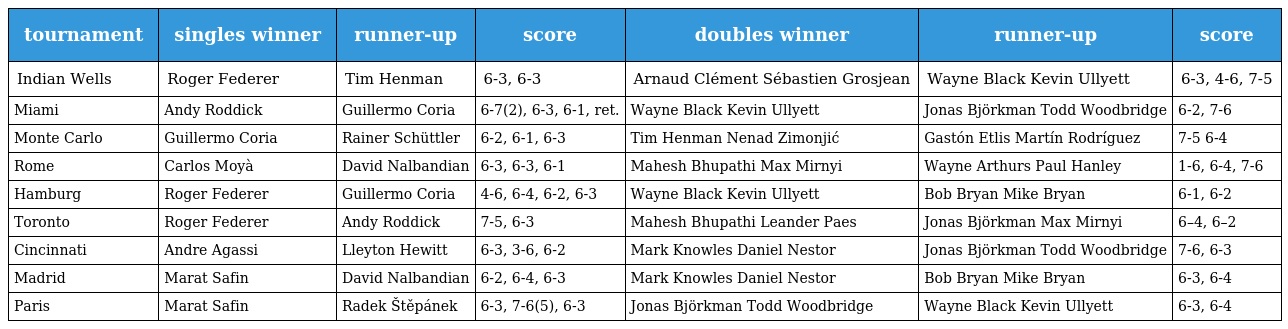
| tournament | singles winner | runner-up | score | doubles winner | runner-up | score |
 | --- | --- | --- | --- | --- | --- | --- |
 | Indian Wells | Roger Federer | Tim Henman | 6-3, 6-3 | Arnaud Clément Sébastien Grosjean | Wayne Black Kevin Ullyett | 6-3, 4-6, 7-5 |
 | Miami | Andy Roddick | Guillermo Coria | 6-7(2), 6-3, 6-1, ret. | Wayne Black Kevin Ullyett | Jonas Björkman Todd Woodbridge | 6-2, 7-6 |
 | Monte Carlo | Guillermo Coria | Rainer Schüttler | 6-2, 6-1, 6-3 | Tim Henman Nenad Zimonjić | Gastón Etlis Martín Rodríguez | 7-5 6-4 |
 | Rome | Carlos Moyà | David Nalbandian | 6-3, 6-3, 6-1 | Mahesh Bhupathi Max Mirnyi | Wayne Arthurs Paul Hanley | 1-6, 6-4, 7-6 |
 | Hamburg | Roger Federer | Guillermo Coria | 4-6, 6-4, 6-2, 6-3 | Wayne Black Kevin Ullyett | Bob Bryan Mike Bryan | 6-1, 6-2 |
 | Toronto | Roger Federer | Andy Roddick | 7-5, 6-3 | Mahesh Bhupathi Leander Paes | Jonas Björkman Max Mirnyi | 6–4, 6–2 |
 | Cincinnati | Andre Agassi | Lleyton Hewitt | 6-3, 3-6, 6-2 | Mark Knowles Daniel Nestor | Jonas Björkman Todd Woodbridge | 7-6, 6-3 |
 | Madrid | Marat Safin | David Nalbandian | 6-2, 6-4, 6-3 | Mark Knowles Daniel Nestor | Bob Bryan Mike Bryan | 6-3, 6-4 |
 | Paris | Marat Safin | Radek Štěpánek | 6-3, 7-6(5), 6-3 | Jonas Björkman Todd Woodbridge | Wayne Black Kevin Ullyett | 6-3, 6-4 |